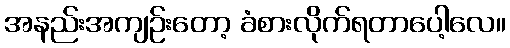
အနည်းအကျဉ်းတော့ ခံစားလိုက်ရတာပေါ့လေ။